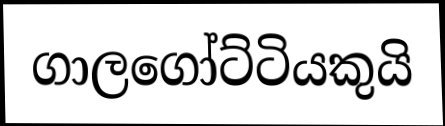
ගාලගෝට්ටියකුයි